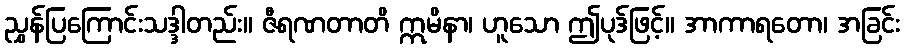
ညွှန်ပြကြောင်းသဒ္ဒါတည်း။ ဇီရဏတာတိ ဣမိနာ၊ ဟူသော ဤပုဒ်ဖြင့်။ အာကာရတော၊ အခြင်း